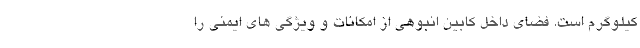
کیلوگرم است. فضای داخل کابین انبوهی از امکانات و ویژگی های ایمنی را